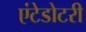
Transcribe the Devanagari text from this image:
एंटेडोटरी